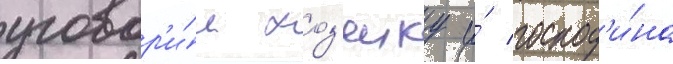
уговор'и́л хоз'яику и́ господ'и́на